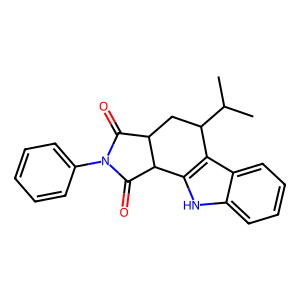
SMILES: CC(C)C1CC2C(=O)N(c3ccccc3)C(=O)C2c2[nH]c3ccccc3c21
Inhibits HIV replication: No